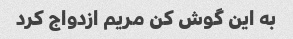
به این گوش کن مریم ازدواج کرد